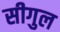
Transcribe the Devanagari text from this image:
सीगुल